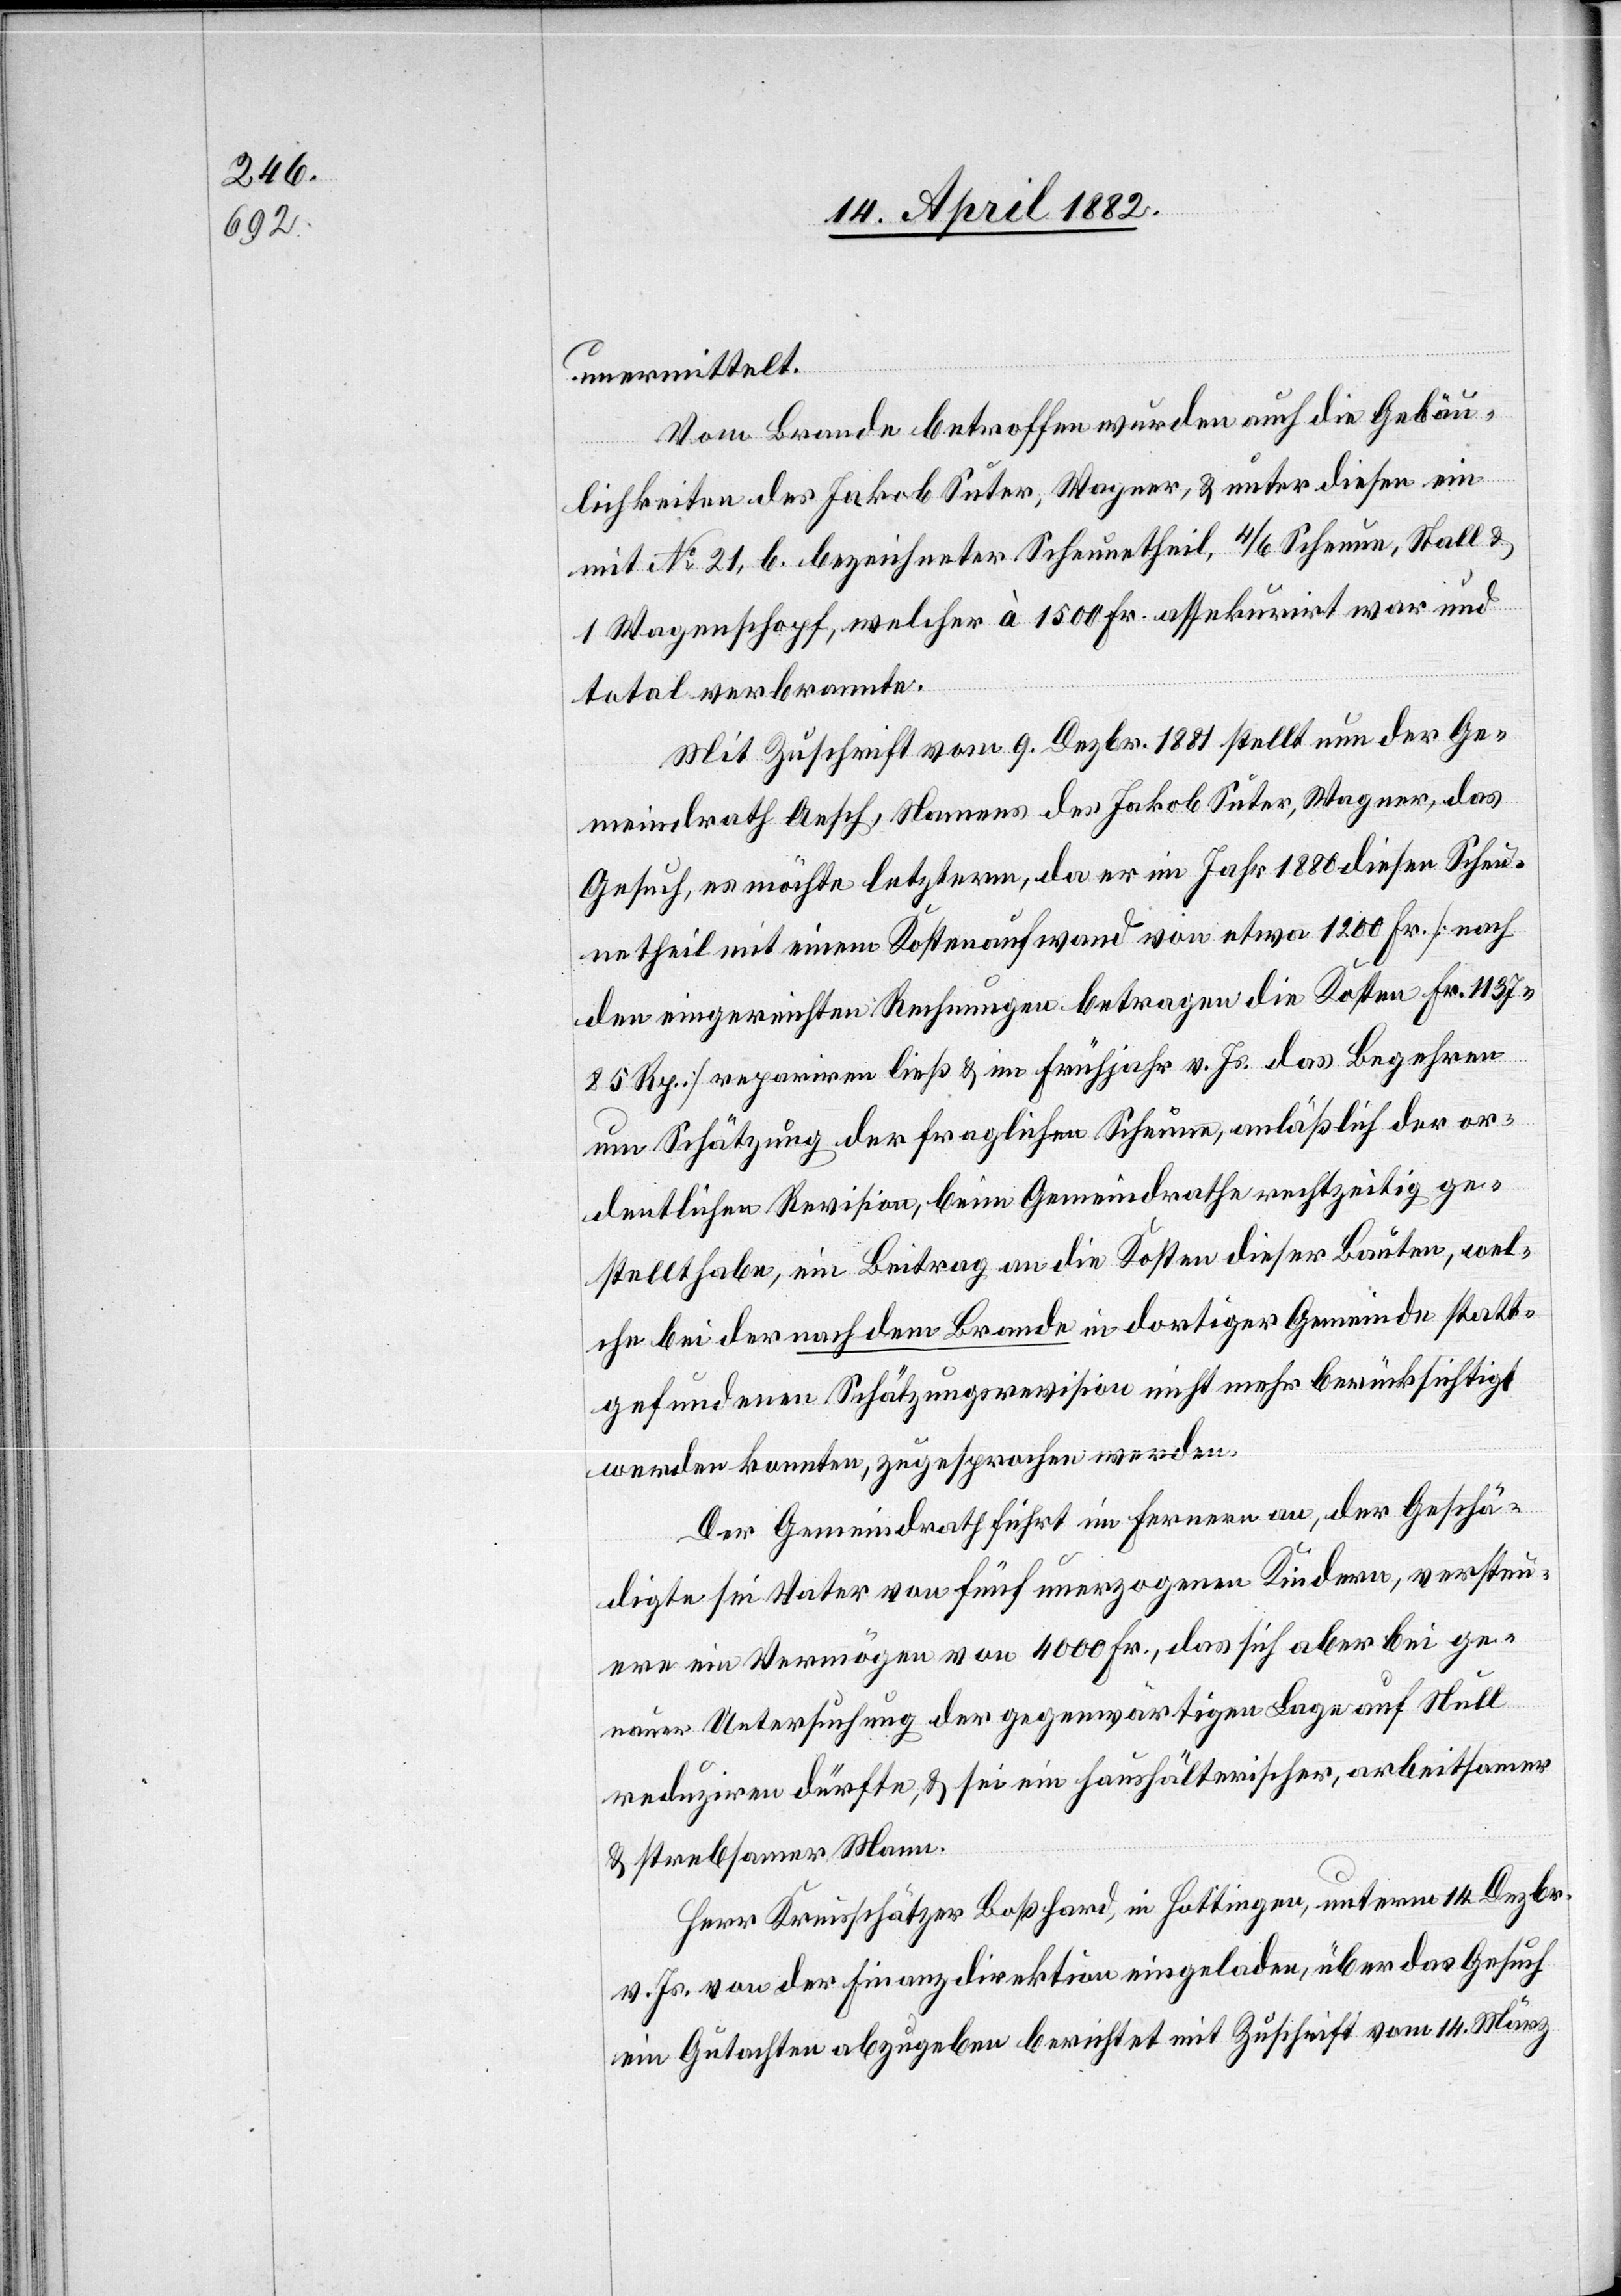
unermittelt.
Vom Brande betroffen wurden auch die Gebäu¬
lichkeiten des Jakob Suter, Wagner, & unter diesen ein
mit No 21, b. bezeichneter Scheunetheil, 4/6 Scheune, Stall &
1 Wagenschopf, welcher à 1500 Fr. assekurirt war und
total verbrannte.
Mit Zuschrift vom 9. Dezbr. 1881 stellt nun der Ge¬
meindrath Aesch, Namens des Jakob Suter, Wagner, das
Gesuch, es möchte letzterm, da er im Jahr 1880 diesen Scheu¬
netheil mit einem Kostenaufwand von etwa 1200 Fr. [nach
den eingereichten Rechnungen betragen die Kosten Fr. 1137
85 Rp.] repariren ließ & im Frühjahr v. Js. das Begehren
um Schätzung der fraglichen Scheune, anläßlich der or¬
dentlichen Revision, beim Gemeindrathe rechtzeitig ge¬
stellt habe, ein Beitrag an die Kosten dieser Bauten, wel¬
che bei der nach dem Brande in dortiger Gemeinde statt¬
gefundenen Schätzungsrevision nicht mehr berücksichtigt
werden konnten, zugesprochen werden.
Der Gemeindrath führt im Fernern an, der Geschä¬
digte sei Vater von fünf unerzogenen Kindern, versteu¬
ere ein Vermögen von 4000 Fr., das sich aber bei ge¬
nauer Untersuchung der gegenwärtigen Lage auf Null
reduziren dürfte, & sei ein haushälterischer, arbeitsamer
& strebsamer Mann.
Herr Kreisschätzer Boßhard, in Hottingen, unterm 14. Dezbr.
v. Js. von der Finanzdirektion eingeladen, über das Gesuch
ein Gutachten abzugeben berichtet mit Zuschrift vom 14. März